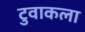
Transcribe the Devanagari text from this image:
टुवाकला